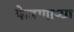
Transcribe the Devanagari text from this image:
फेडणाऱ्या